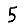
Digit: 5